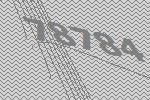
78784